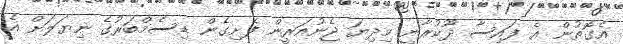
އެގޮތުން އެ ފައިސާ ދޫކުރާނީ މިދިޔަ ޖެނުއަރީން ފެށިގެން ޑިސެމްބަރުގެ ނިޔަލަށް އެ